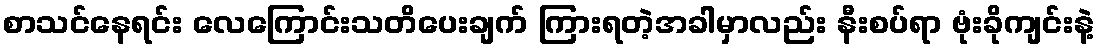
စာသင်နေရင်း လေကြောင်းသတိပေးချက် ကြားရတဲ့အခါမှာလည်း နီးစပ်ရာ ဗုံးခိုကျင်းနဲ့